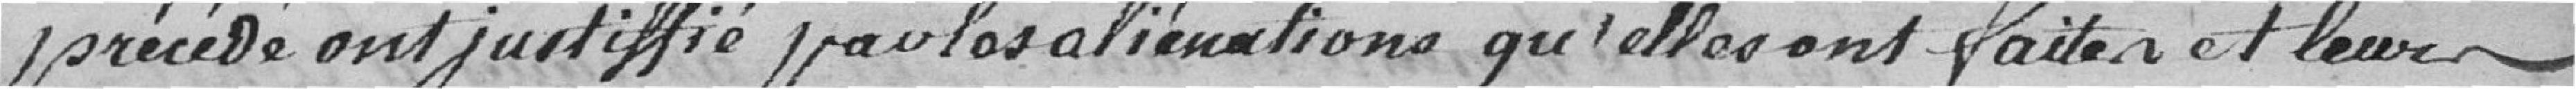
précédé ont justifié par les aliénations qu'elles ont faites en leur